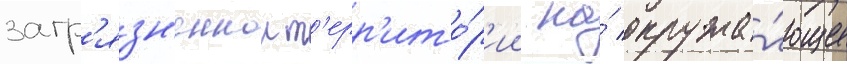
загр'язн'еннои т'ерр'ито́р'ии на́ окружа́ющее